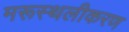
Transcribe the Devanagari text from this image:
मरूस्थलीकरण